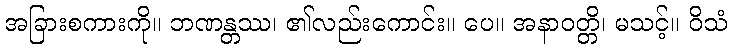
အခြားစကားကို။ ဘဏန္တဿ၊ ၏လည်းကောင်း။ ပေ။ အနာဝတ္တိ၊ မသင့်။ ဝိသံ